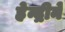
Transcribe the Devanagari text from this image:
हेन्द्रीने